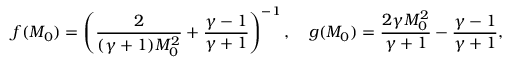
f ( M _ { 0 } ) = \left( \frac { 2 } { ( \gamma + 1 ) M _ { 0 } ^ { 2 } } + \frac { \gamma - 1 } { \gamma + 1 } \right) ^ { - 1 } , \quad g ( M _ { 0 } ) = \frac { 2 \gamma M _ { 0 } ^ { 2 } } { \gamma + 1 } - \frac { \gamma - 1 } { \gamma + 1 } ,